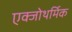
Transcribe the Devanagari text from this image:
एक्जोथर्मिक